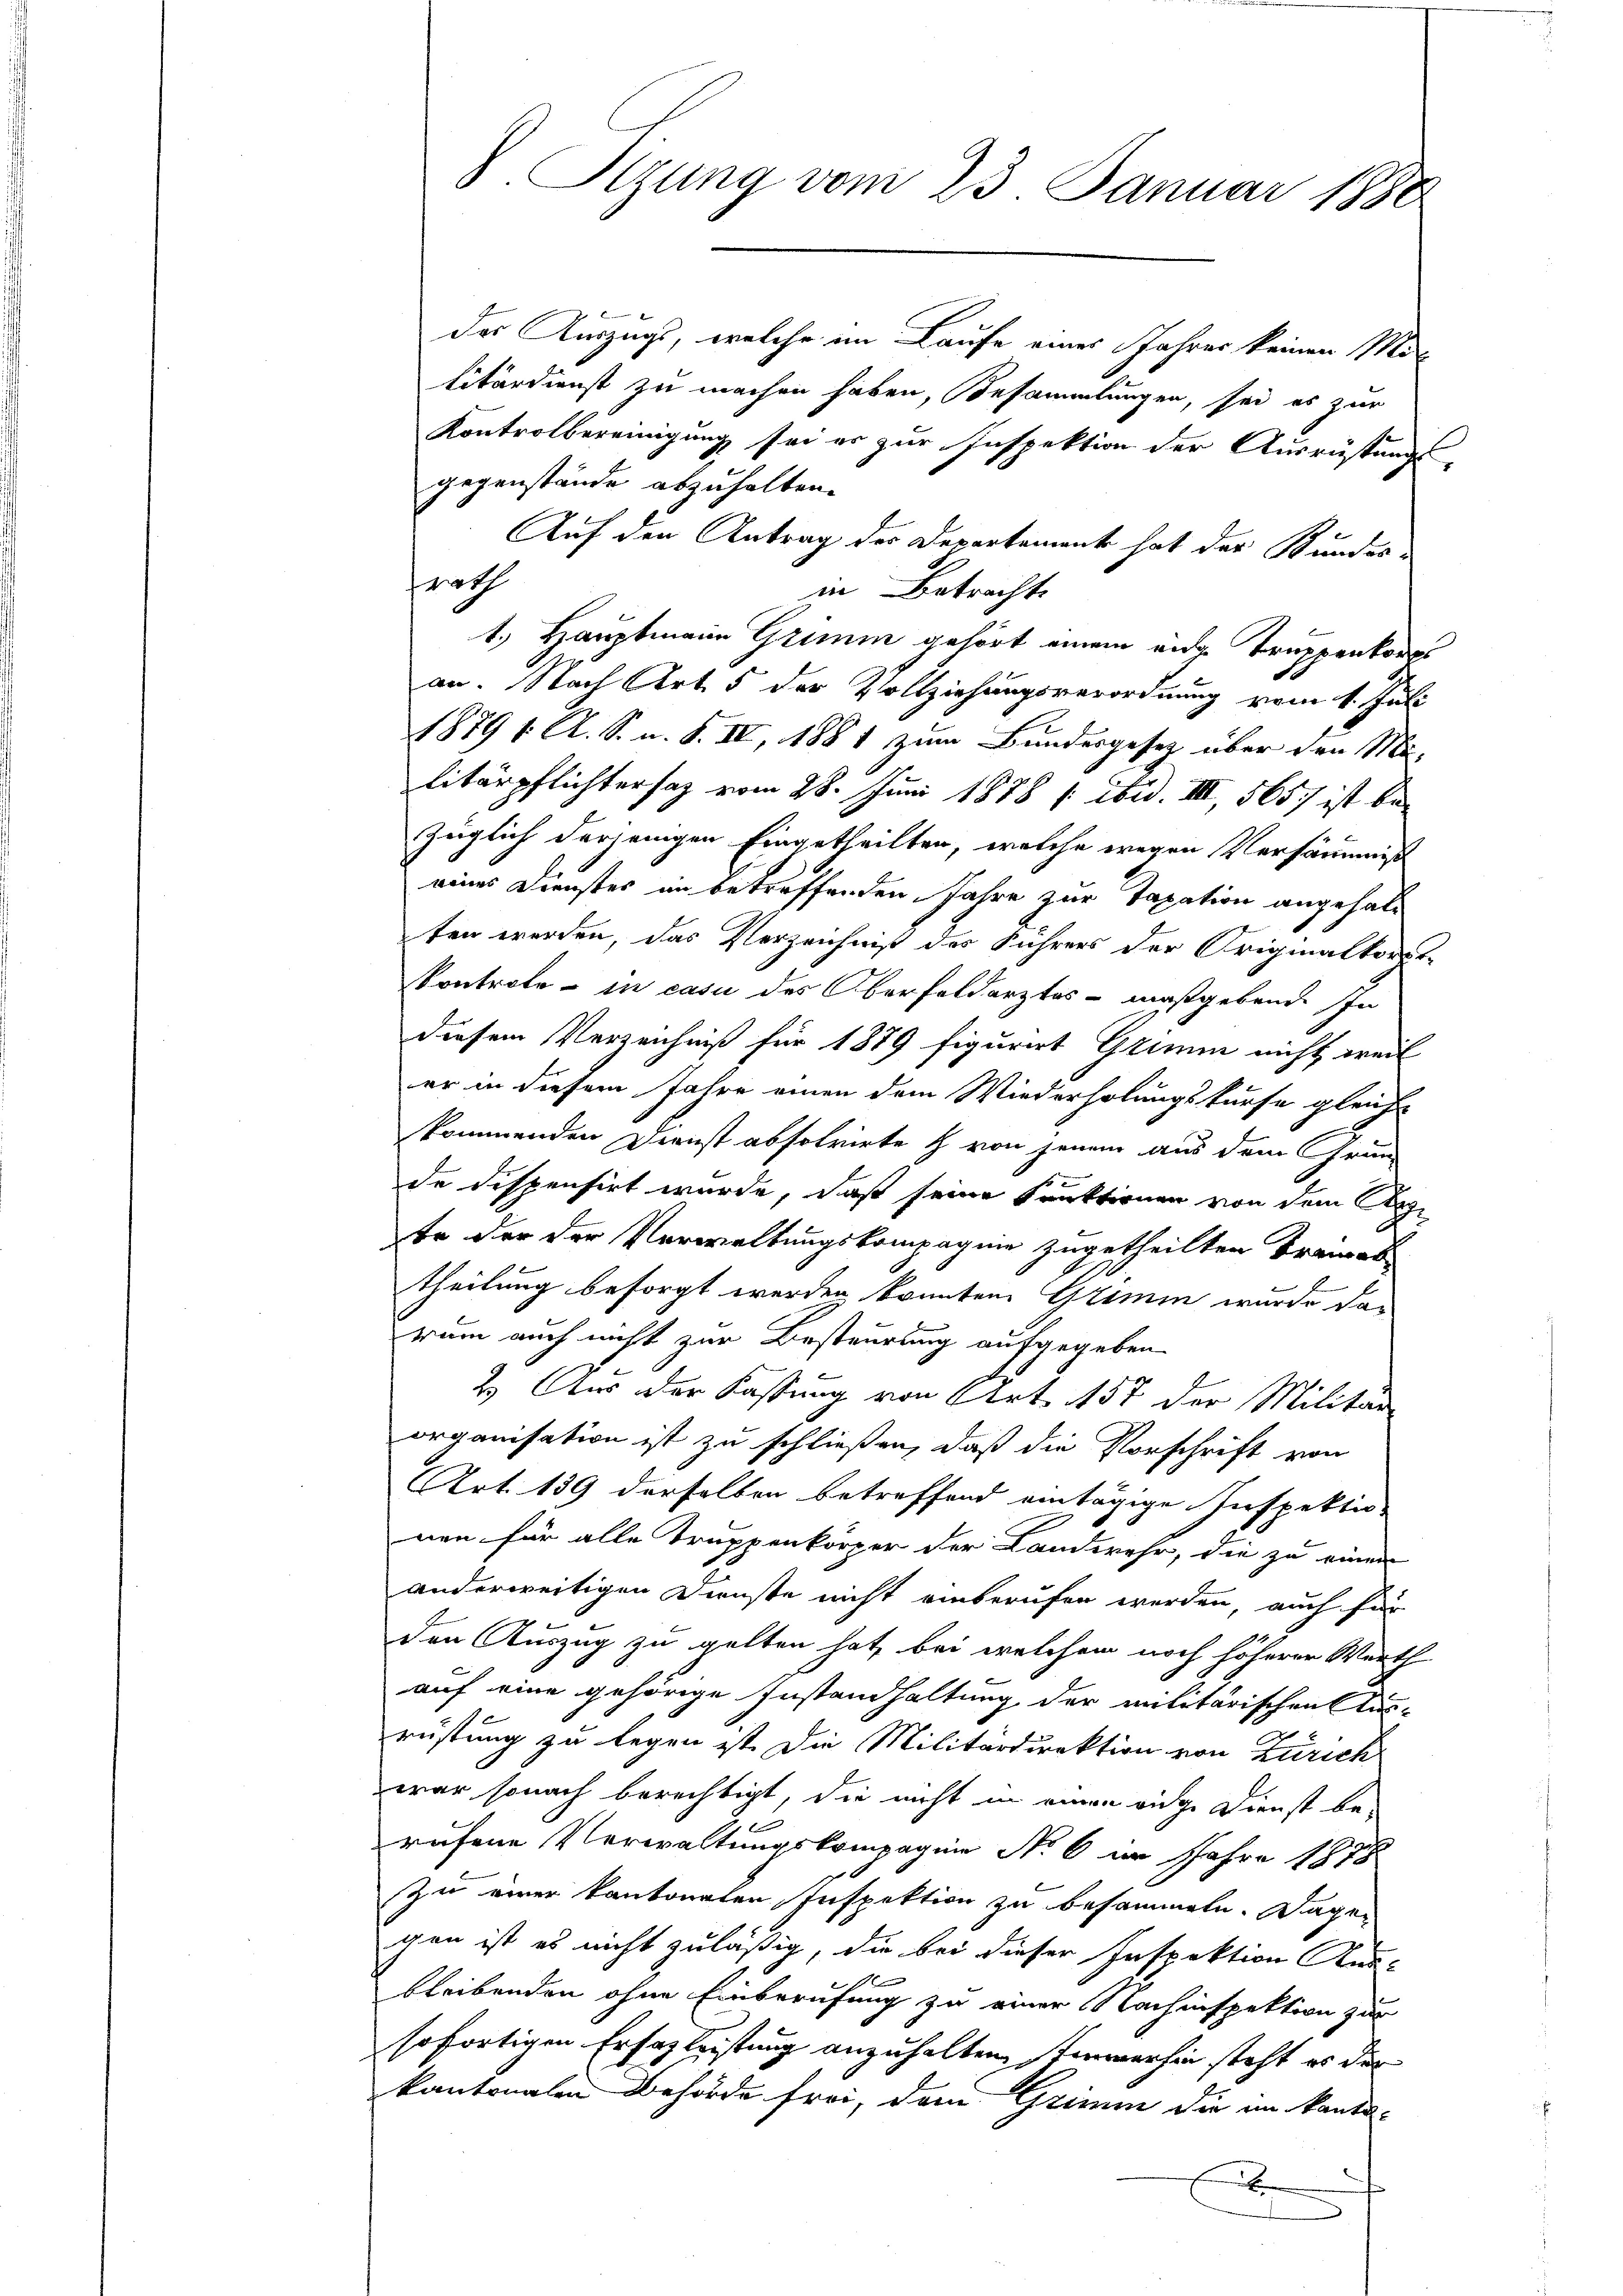
das Auszugs, welche im Laufe eines Jahres keinen Mit
litärdienst zu machen haben, Besammlungen, sei es zur
Kontrolbereinigung sei er zur Inspektion der Ausrüstungs-
gegenstände abzuhalten.
Auf den Antrag der Departement hat der Bundesfrath
in Betracht.
1., Hauptmann Grimm gehört einem ander Truppenkorps
an. Nach Art. 5 der Vollziehungsverordnung vom 1. Juli
1879 1. A. S. n. F. IV, 1881 zum Bundesgesetz über den Militärpflichtersaz vom 28. Juni 1878 f: ibid. III, 565) ist bezüglich derjenigen Eingetheilten, welche wegen Versäumnis
eines Dienstes im betreffenden Jahre zur Taxation angehalt
ten werden, das Verzeichniß des Führers der Originalkorat
Kontrole - in casu des Oberfeldarztes - maßgebende In
diesem Verzeichniß für 1879 figurirt Grimm nicht weil
er in diesem Jahre einen dem Wiederholungskurfe gleich-
kommenden Dienst absolvirte & von jenem aus dem Grün-
de dispensirt wurde, daß seine Praktionen von dem Septe der der Verwaltungskompagnie zugetheilten Brandab-
theilung besorgt werden konnten Grimm wurde das
rum auch nicht zur Besteurung aufgegeben.
2.) Aus der Fassung von Art. 157 der Militär
organisation ist zu schließen, daß die Vorschrift von
Art. 139 derselben betreffend eintägige Inspektio
nen für alle Truppenkörper der Landwehr, die zu einen
anderweitigen Dienste nicht einberufen werden, auch für
9
den Auszug zu gelten hat, bei welchem noch höherer Werth
auf eine gehörige Instandhaltung der militärischen Aus-
rüstung zu legen ist. Die Militärdirektion von Zürich
war sonach berechtigt, die nicht in einen eige Dienst be-
rufene Verwaltungskompagnie No 6 an Jahre 1878
Zu einer kantonaten Inspektion zu besammeln. Dagegen ist es nicht zuläßig, die bei dieser Inspektion Kan-
F
bleibenden ohne Einberufung zu einer Nachinspektion zur
sofortigen Erhasleistung anzuhalten. Immerhin steht es der
kantonalen Behörde frei, dem Grimm die an kanto-
E

S. Tizung vom 23. Januar 1880